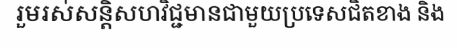
រួមរស់សន្តិសហវិជ្ជមានជាមួយប្រទេសជិតខាង និង